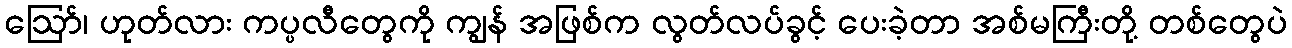
ဩော်၊ ဟုတ်လား ကပ္ပလီတွေကို ကျွန် အဖြစ်က လွတ်လပ်ခွင့် ပေးခဲ့တာ အစ်မကြီးတို့ တစ်တွေပဲ